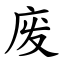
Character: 废